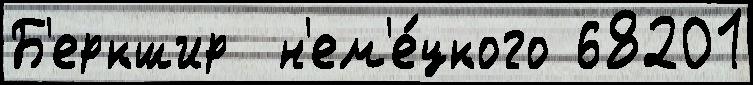
Б'еркшир  н'ем'е́цкого 68201